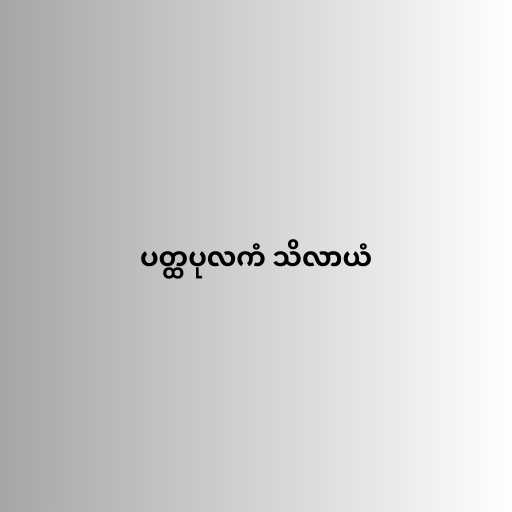
ပတ္ထပုလကံ သိလာယံ